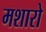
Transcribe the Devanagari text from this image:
मशारो